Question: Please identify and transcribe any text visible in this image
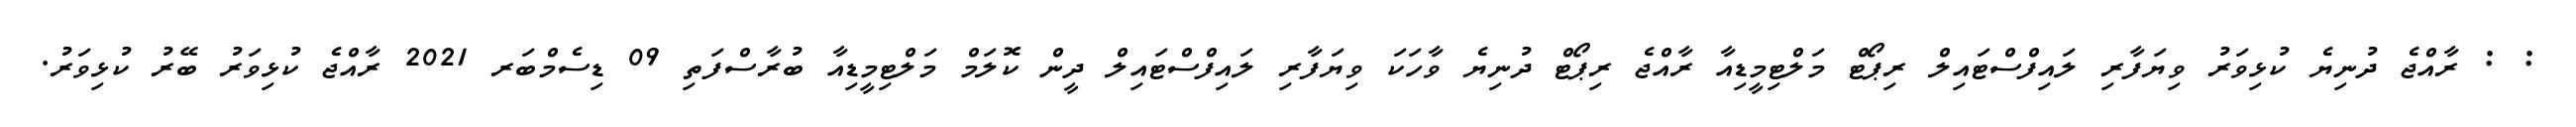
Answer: : : ރާއްޖެ ދުނިޔެ ކުޅިވަރު ވިޔަފާރި ލައިފްސްޓައިލް ރިޕޯޓް މަލްޓިމީޑިއާ ރާއްޖެ ރިޕޯޓް ދުނިޔެ ވާހަކަ ވިޔަފާރި ލައިފްސްޓައިލް ދީން ކޮލަމް މަލްޓިމީޑިއާ ބުރާސްފަތި 09 ޑިސެމްބަރ 2021 ރާއްޖެ ކުޅިވަރު ބޭރު ކުޅިވަރު.